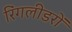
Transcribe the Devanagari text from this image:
रिंगलीडरों